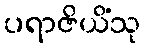
ပရာဇိယိံသု